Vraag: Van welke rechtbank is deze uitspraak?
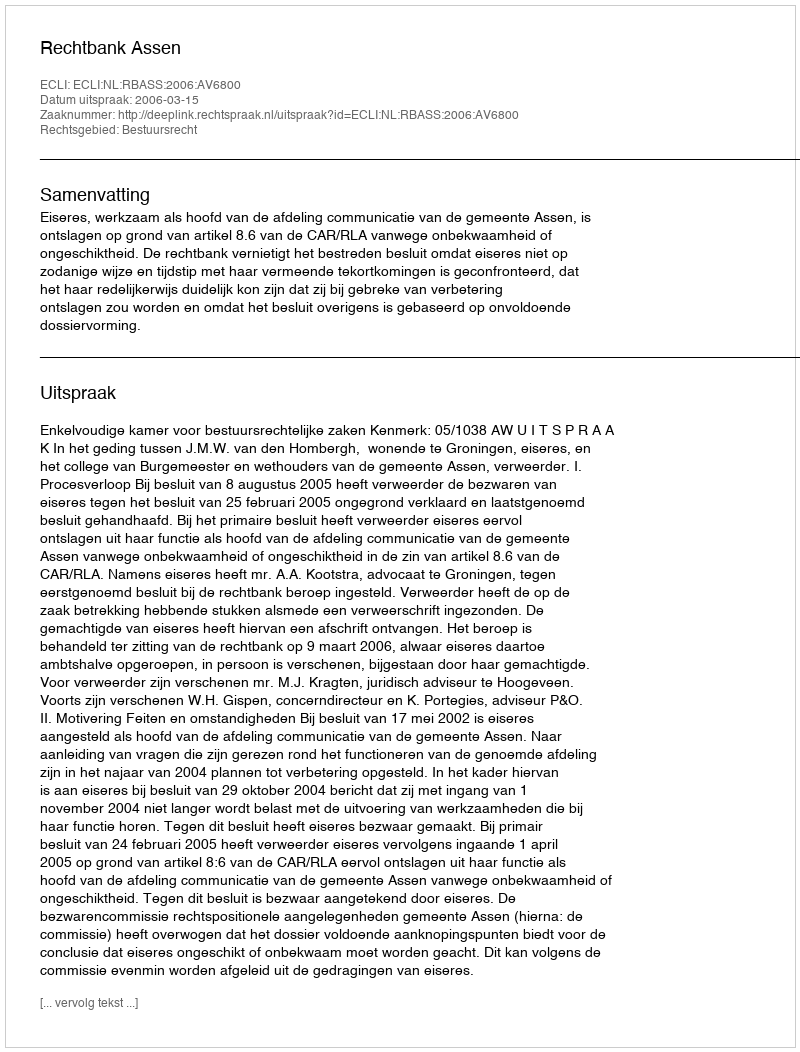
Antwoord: Rechtbank Assen